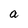
Character: a